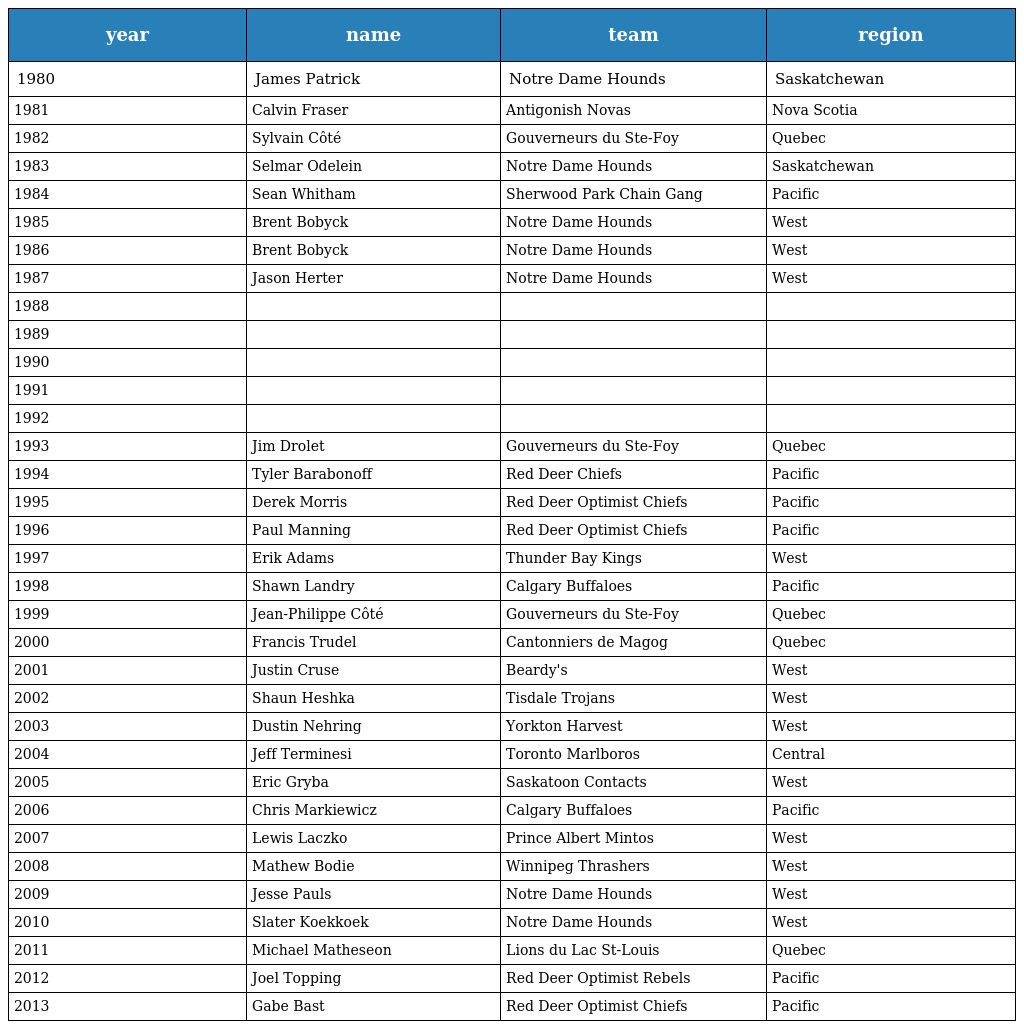
| year | name | team | region |
 | --- | --- | --- | --- |
 | 1980 | James Patrick | Notre Dame Hounds | Saskatchewan |
 | 1981 | Calvin Fraser | Antigonish Novas | Nova Scotia |
 | 1982 | Sylvain Côté | Gouverneurs du Ste-Foy | Quebec |
 | 1983 | Selmar Odelein | Notre Dame Hounds | Saskatchewan |
 | 1984 | Sean Whitham | Sherwood Park Chain Gang | Pacific |
 | 1985 | Brent Bobyck | Notre Dame Hounds | West |
 | 1986 | Brent Bobyck | Notre Dame Hounds | West |
 | 1987 | Jason Herter | Notre Dame Hounds | West |
 | 1988 |  |  |  |
 | 1989 |  |  |  |
 | 1990 |  |  |  |
 | 1991 |  |  |  |
 | 1992 |  |  |  |
 | 1993 | Jim Drolet | Gouverneurs du Ste-Foy | Quebec |
 | 1994 | Tyler Barabonoff | Red Deer Chiefs | Pacific |
 | 1995 | Derek Morris | Red Deer Optimist Chiefs | Pacific |
 | 1996 | Paul Manning | Red Deer Optimist Chiefs | Pacific |
 | 1997 | Erik Adams | Thunder Bay Kings | West |
 | 1998 | Shawn Landry | Calgary Buffaloes | Pacific |
 | 1999 | Jean-Philippe Côté | Gouverneurs du Ste-Foy | Quebec |
 | 2000 | Francis Trudel | Cantonniers de Magog | Quebec |
 | 2001 | Justin Cruse | Beardy's | West |
 | 2002 | Shaun Heshka | Tisdale Trojans | West |
 | 2003 | Dustin Nehring | Yorkton Harvest | West |
 | 2004 | Jeff Terminesi | Toronto Marlboros | Central |
 | 2005 | Eric Gryba | Saskatoon Contacts | West |
 | 2006 | Chris Markiewicz | Calgary Buffaloes | Pacific |
 | 2007 | Lewis Laczko | Prince Albert Mintos | West |
 | 2008 | Mathew Bodie | Winnipeg Thrashers | West |
 | 2009 | Jesse Pauls | Notre Dame Hounds | West |
 | 2010 | Slater Koekkoek | Notre Dame Hounds | West |
 | 2011 | Michael Matheseon | Lions du Lac St-Louis | Quebec |
 | 2012 | Joel Topping | Red Deer Optimist Rebels | Pacific |
 | 2013 | Gabe Bast | Red Deer Optimist Chiefs | Pacific |